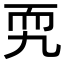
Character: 𦓑